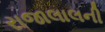
રાજાલાલની